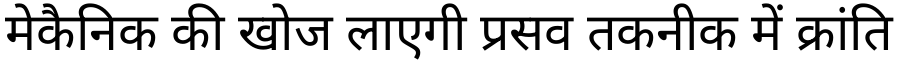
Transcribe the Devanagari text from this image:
मेकैनिक की खोज लाएगी प्रसव तकनीक में क्रांति